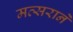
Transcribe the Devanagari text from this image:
मत्सराने